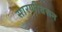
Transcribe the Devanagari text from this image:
सारणीवरून